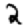
Digit: 2